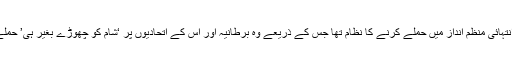
’ان کا کہنا تھا کہ دولت اسلامیہ کے پاس انتہائی منظم انداز میں حملے کرنے کا نظام تھا جس کے ذریعے وہ برطانیہ اور اس کے اتحادیوں پر ‘شام کو چھوڑے بغیر ہی’ حملے کرنے کی منصوبہ بندی کر رہے تھے۔